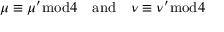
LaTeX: \mu \equiv \mu ^ { \prime } { \bmod { 4 } } \quad { \mathrm { a n d } } \quad \nu \equiv \nu ^ { \prime } { \bmod { 4 } }